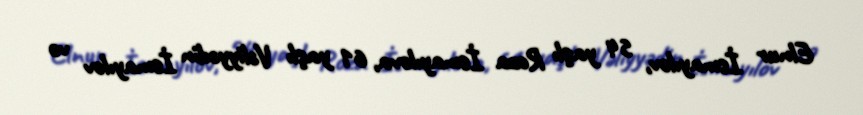
Elnur İsmayılov, 54 yaşlı Roza İsmayılova, 61 yaşlı Vəliyyədin İsmayılov və